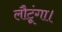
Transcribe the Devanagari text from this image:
लौटूंगा।